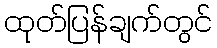
ထုတ်ပြန်ချက်တွင်